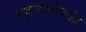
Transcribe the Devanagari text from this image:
प्रकाशनोपरांत